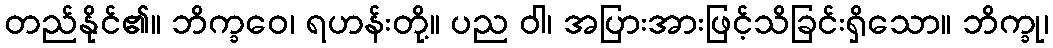
တည်နိုင်၏။ ဘိက္ခဝေ၊ ရဟန်းတို့။ ပည ဝါ၊ အပြားအားဖြင့်သိခြင်းရှိသော။ ဘိက္ခု၊